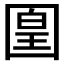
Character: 𡈁